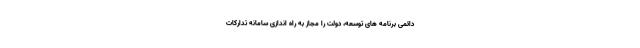
دائمی برنامه های توسعه، دولت را مجاز به راه اندازی سامانه تدارکات